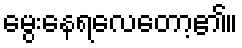
မွေးနေရလေတော့၏။